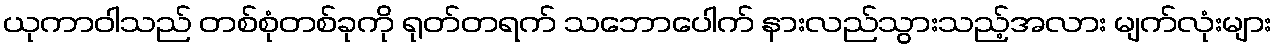
ယုကာဝါသည် တစ်စုံတစ်ခုကို ရုတ်တရက် သဘောပေါက် နားလည်သွားသည့်အလား မျက်လုံးများ